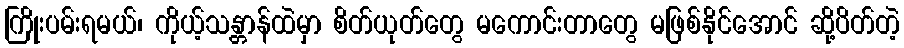
ကြိုးပမ်းရမယ်၊ ကိုယ့်သန္တာန်ထဲမှာ စိတ်ယုတ်တွေ မကောင်းတာတွေ မဖြစ်နိုင်အောင် ဆို့ပိတ်တဲ့